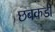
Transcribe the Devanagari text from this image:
छबकडी